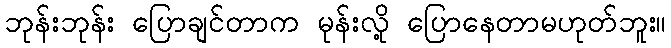
ဘုန်းဘုန်း ပြောချင်တာက မုန်းလို့ ပြောနေတာမဟုတ်ဘူး။